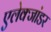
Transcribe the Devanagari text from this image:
एलेक्जांडर